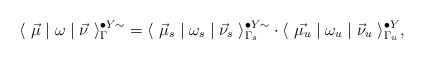
\begin{align*} \langle~ \vec{\mu} \mid \omega \mid \vec{\nu}~\rangle^{\bullet Y \sim}_\Gamma = \langle~ \vec{\mu}_s \mid \omega_s \mid \vec{\nu}_s~\rangle^{\bullet Y \sim}_{\Gamma_s} \cdot\langle~ \vec{\mu_u} \mid \omega_u \mid \vec{\nu}_u~\rangle^{\bullet Y}_{\Gamma_u} ,\end{align*}